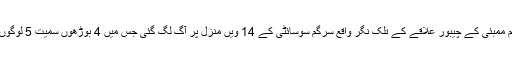
27 دسمبر کی شام ممبئی کے چیبور علاقے کے تلک نگر واقع سرگم سوسائٹی کے 14 ویں منزل پر آگ لگ گئی جس میں 4 بوڑھوں سمیت 5 لوگوں کی موت ہو گئی۔